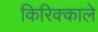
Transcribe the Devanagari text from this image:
किरिक्काले